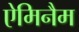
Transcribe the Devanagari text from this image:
ऐमिनैम